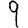
Digit: 9